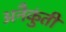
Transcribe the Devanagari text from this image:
अनैकुंती